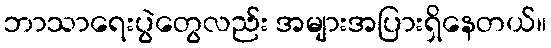
ဘာသာရေးပွဲတွေလည်း အများအပြားရှိနေတယ်။